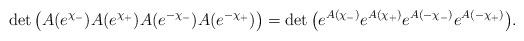
LaTeX: \begin{gather*}\det\big( A(e^{\chi_-})A(e^{\chi_+})A(e^{-\chi_-})A(e^{-\chi_+})\big)=\det\big(e^{A(\chi_-)}e^{A(\chi_+)}e^{A(-\chi_-)}e^{A(-\chi_+)}\big).\end{gather*}